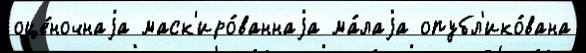
оце́ночнаjа маск'иро́ваннаjа ма́лаjа опубл'ико́вана